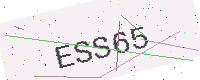
Text: ESS65